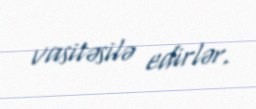
vasitəsilə edirlər.